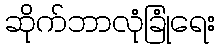
ဆိုက်ဘာလုံခြုံရေး